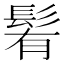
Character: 𩭀